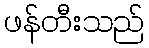
ဖန်တီးသည်